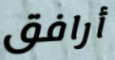
أرافق